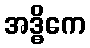
အဒ္ဓိကေ